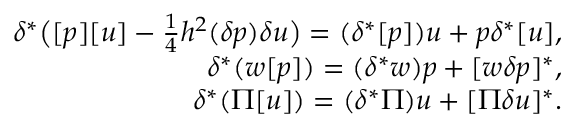
\begin{array} { r } { \delta ^ { * } \big ( [ p ] [ u ] - \frac 1 4 h ^ { 2 } ( \delta p ) \delta u \big ) = ( \delta ^ { * } [ p ] ) u + p \delta ^ { * } [ u ] , } \\ { \delta ^ { * } ( w [ p ] ) = ( \delta ^ { * } w ) p + [ w \delta p ] ^ { * } , } \\ { \delta ^ { * } ( \Pi [ u ] ) = ( \delta ^ { * } \Pi ) u + [ \Pi \delta u ] ^ { * } . } \end{array}